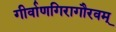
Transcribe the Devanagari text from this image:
गीर्वाणगिरागौरवम्